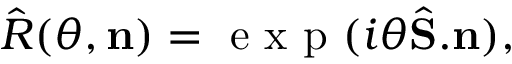
\hat { R } ( \theta , \mathbf { n } ) = \mathrm { ~ e ~ x ~ p ~ } ( i \theta \hat { \mathbf { S } } . \mathbf { n } ) ,